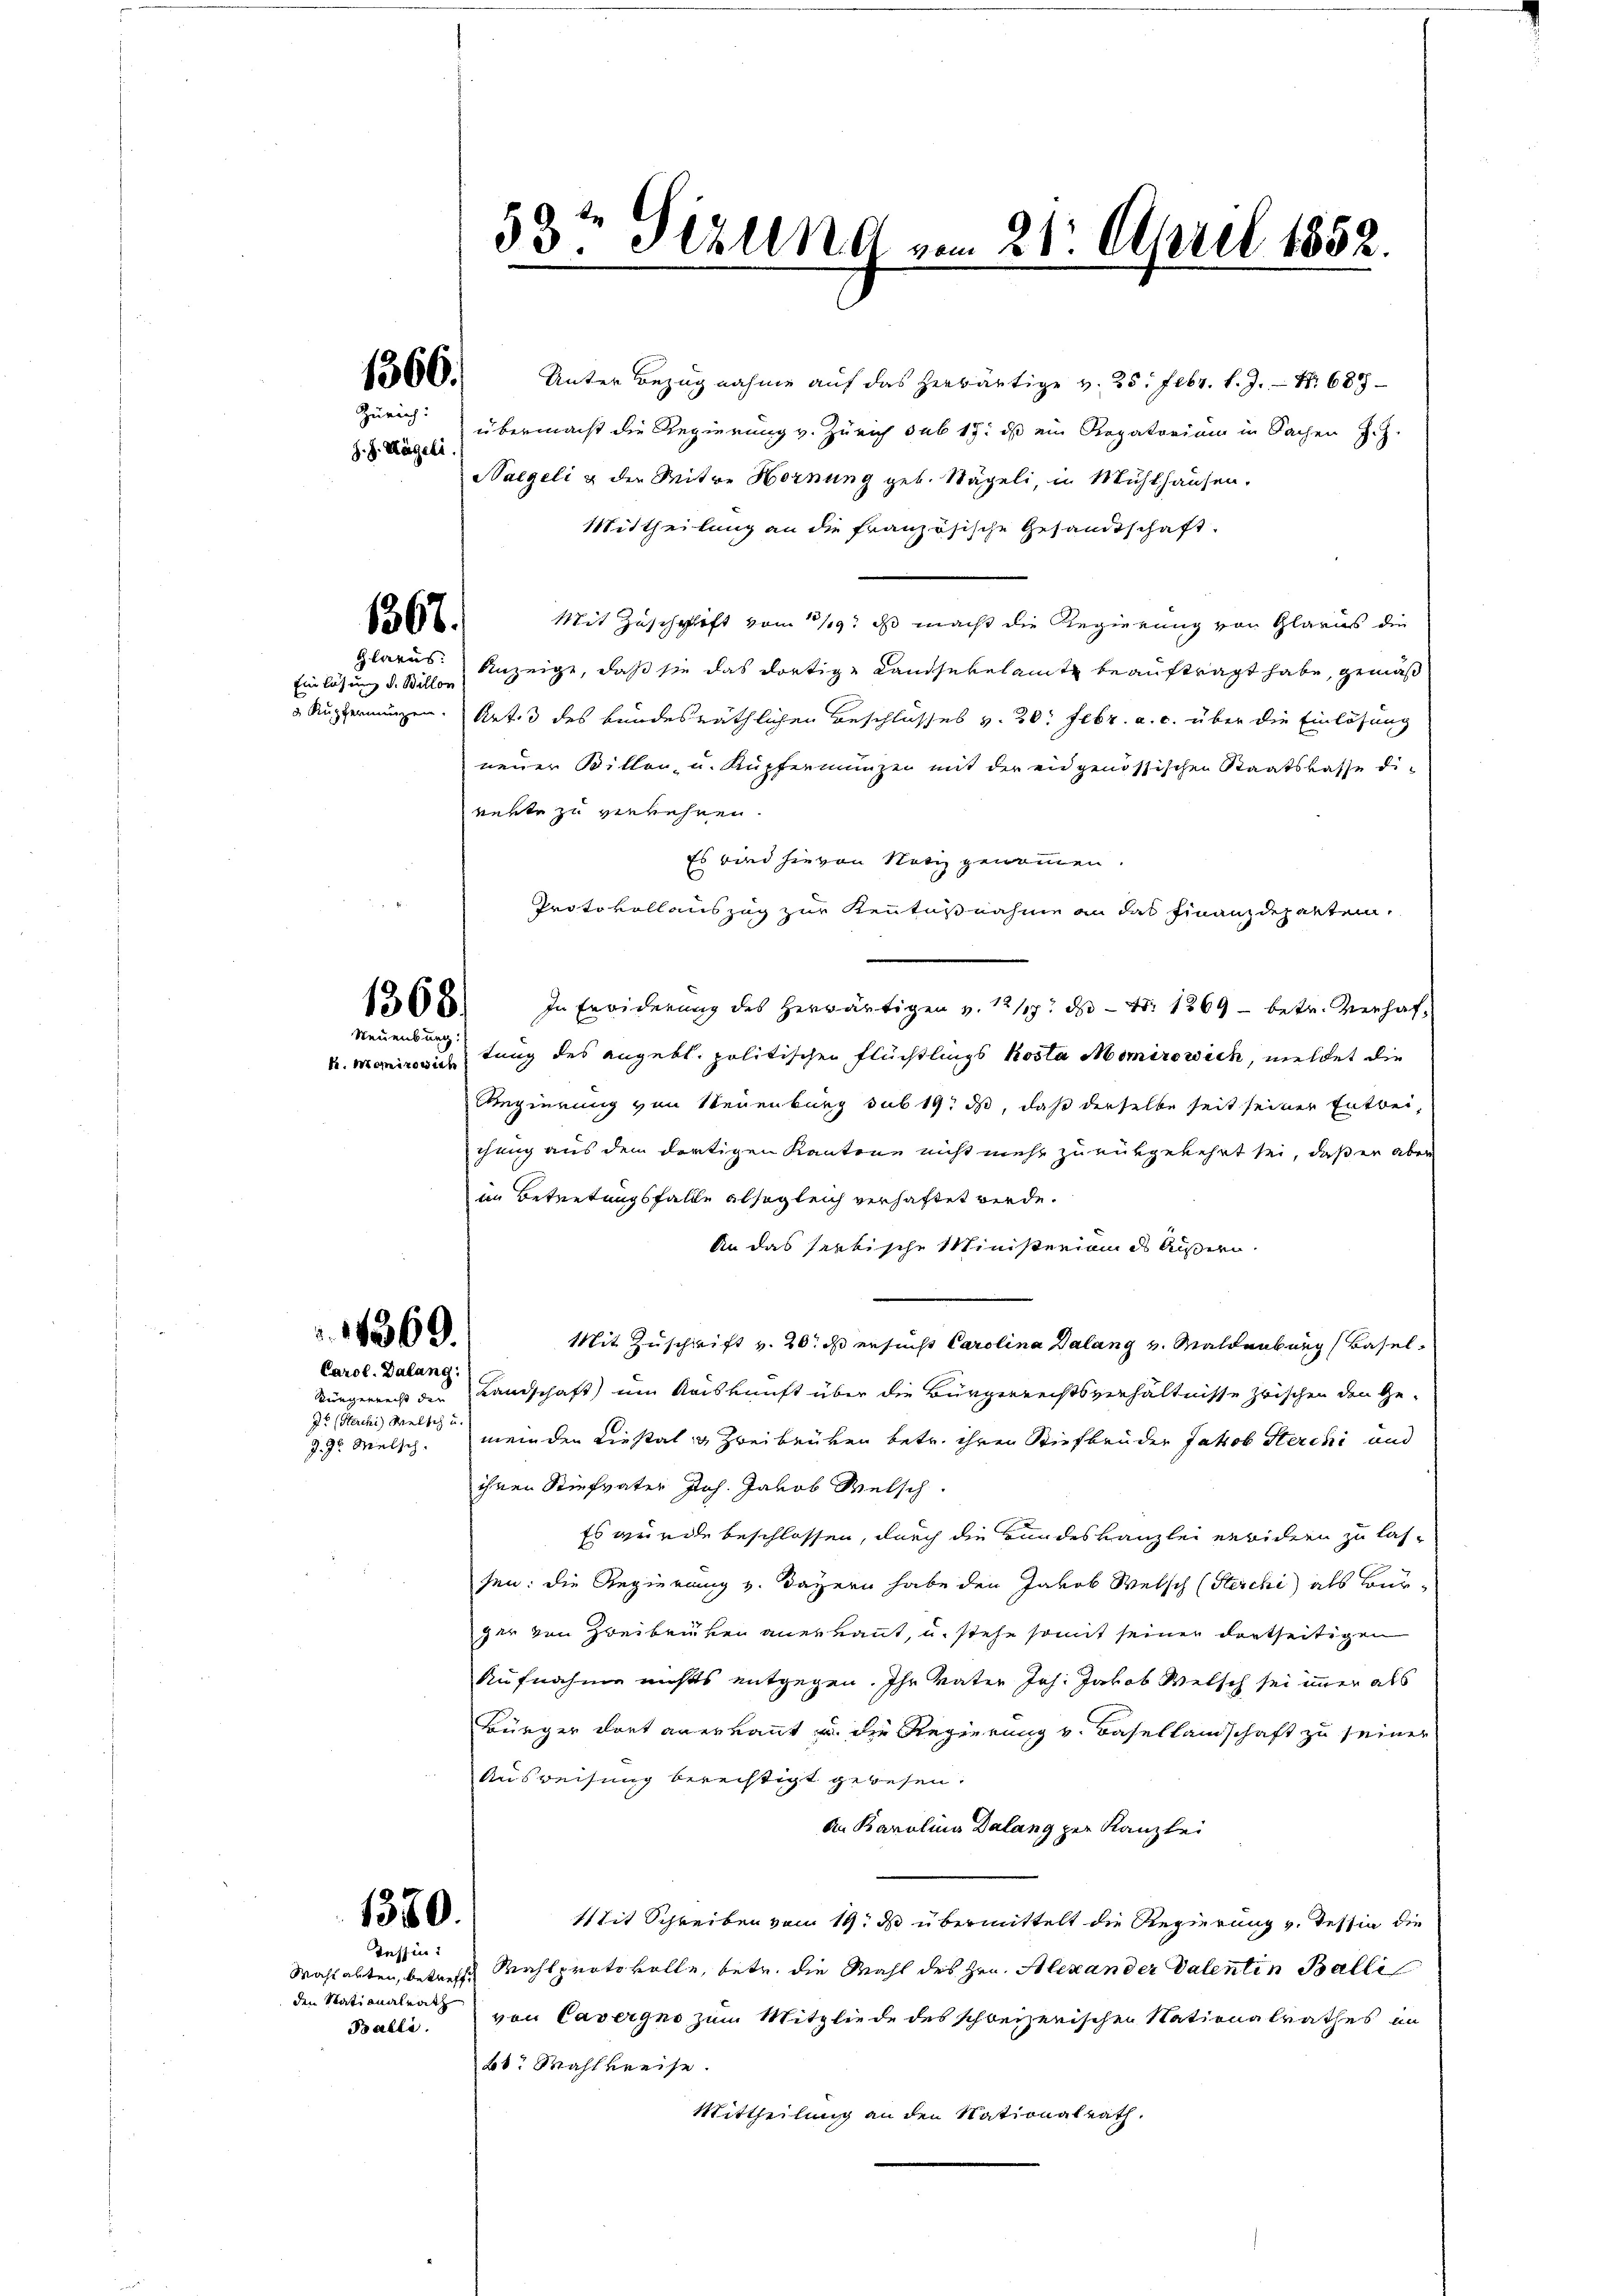
J. J. Nägeli.

Zürich:

1367.

Glarus.
Einlösung d. Billon

1368.
Neuenburg.
k. Morizowich

1060. Unter Bezugnahme aŭf das herwärtige v. 25. Febr. l. J. Nr. 689
übermacht die Regierung v. Zürich sub 15. ds ein Rogatorium in Sachen Ich
Naegeli & der Mitwe Hornung geb. Nägeli, in Mühlhausen.
Mittheilung an die französische Gesandtschaft.
Mit Zuschrift vom 11/9. ds macht die Regierung von Glarus die
Anzeigt, daß sie das dortige Landsekelamt beauftragt habe, gemäß
 Rupfernungen. Art. 3 des bundesräthlichen Beschlusses v. 20. Febr. a. c. über die Einlösung
neuer Billen u. Kupfenmunzen mit der eidgenössischen Staatskasse die
rekte zu verkehren.
Es wird hievon Notiz genommen.
Protokollauszug zur Kenntnisnahme an das Finanzdeparten,
In Erwiderung des herwärtigen v. 12/17. ds - Fr. 1369 - betr. Verhaftung des angebt. politischen Flüchtlings Kosta Momirowich, meldet die
Regierung von Neuenburg sub 19. ds, daß derselbe seit seiner Entbei,
chung aus dem dortigen Kantone nicht mehr zurükgekehrt sei, daß er aber
im Betretungsfalle alsogleich verhaftet werde.
An das seelische Ministerium ds Äussern.
Mit Zuschrift v. 20. ds ersucht Carolina Dalang u. Maldenburg Basel
Landschaft um Kaiskunft über die Bürgerrechtsverhältnisse zwischen den Ge-
meinden Liestal- & Zweibrüken betr. ihren Stiefbrüder Jakob Sterchi und
ihnen Stiefvater Joh. Jakob Welsch
Es wurde beschlossen, durch die Hundeskanzlei erwidern zu las-
sen: die Regierung v. Bayern habe den Jakob Welsch (Sterchi als Bürzer von Zweibrüken anerkannt, u. stehe somit seiner dortseitigen
Aufnahme nichts entgegen. Ihr Vater Joh. Jakob Welsch sei immer als
Bürger dort anerkannt u. die Regierung v. Basellandschaft zu seiner
Ausweisung berechtigt gewesen.
An Karolina Dalang zur Kanzlei
Mit Schreiben vom 19. d übermittelt die Regierung v. Tessin die
Wahlabten, betreffe Wahlprotokolle, betr. die Wahl des Hrn. Alexander Valentin Balli
den Nationalrats von Cavergno zum Mitgliede des schweizerischen Nationalrathes in
bt. Wahlkreise.
Mittheilung an den Nationalrath.

14369.
Carol. Dalang

ürgerrecht der
Je (Sterchi) Welsch u.
J. J. Melsch

1380.
Tessin:

Balli.

53t Jezung vom 21. April 1852.